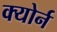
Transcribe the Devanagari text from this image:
क्योर्न